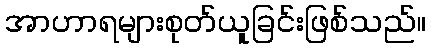
အာဟာရများစုတ်ယူခြင်းဖြစ်သည်။